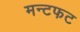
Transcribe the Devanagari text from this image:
मन्टफट